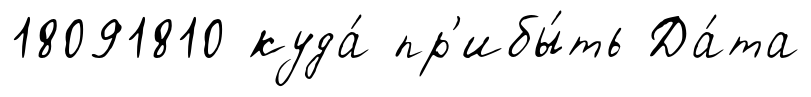
18091810 куда́ пр'ибы́ть Да́та